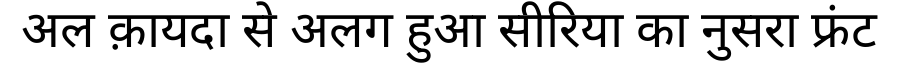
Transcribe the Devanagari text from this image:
अल क़ायदा से अलग हुआ सीरिया का नुसरा फ्रंट